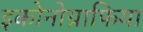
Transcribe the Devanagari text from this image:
इकोनोग्राफिया